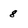
Character: 8